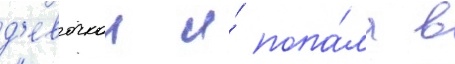
д'евочкои и́ попа́ла в